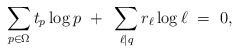
LaTeX: \begin{align*}\sum_{ p \in \Omega } t_p \log p~+~ \sum_{ \ell | q} r_{\ell} \log \ell ~=~ 0,\end{align*}